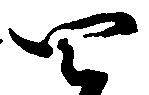
四